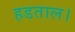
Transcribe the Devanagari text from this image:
हडताल।